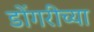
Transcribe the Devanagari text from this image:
डोंगरीच्या